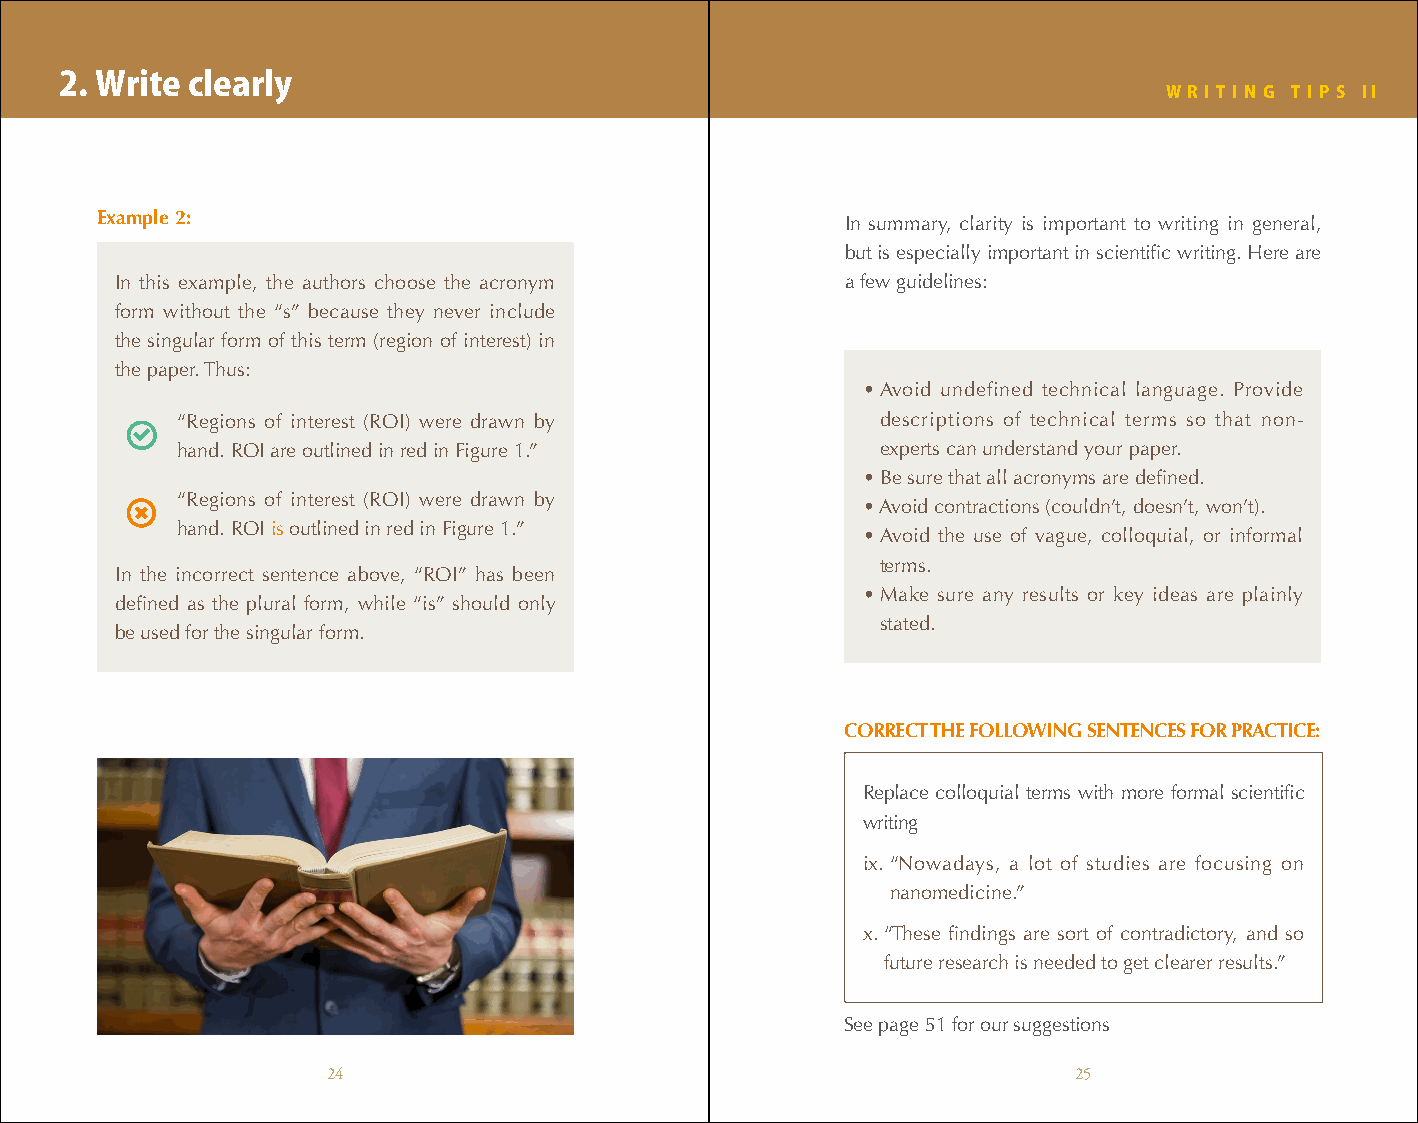
2. Write clearly
 W R I T I N G T I P S II
 Example 2:                                        In summary, clarity is important to writing in general,
 but is especially important in scientific writing. Here are
 In this example, the authors choose the acronym a few guidelines:
 form without the “s” because they never include
 the singular form of this term (region of interest) in
 the paper. Thus:
 • Avoid undefined technical language. Provide
 “Regions of interest (ROI) were drawn by      descriptions of technical terms so that non-
 hand. ROI are outlined in red in Figure 1.”   experts can understand your paper.
 • Be sure that all acronyms are defined.
 “Regions of interest (ROI) were drawn by
 • Avoid contractions (couldn’t, doesn’t, won’t).
 hand. ROI is outlined in red in Figure 1.”
 • Avoid the use of vague, colloquial, or informal
 terms.
 In the incorrect sentence above, “ROI” has been
 • Make sure any results or key ideas are plainly
 defined as the plural form, while “is” should only
 stated.
 be used for the singular form.
 CORRECT THE FOLLOWING SENTENCES FOR PRACTICE:
 Replace colloquial terms with more formal scientific
 writing
 ix. “Nowadays, a lot of studies are focusing on
 nanomedicine.”
 x. “These findings are sort of contradictory, and so
 future research is needed to get clearer results.”
 See page 51 for our suggestions
 24                                               25